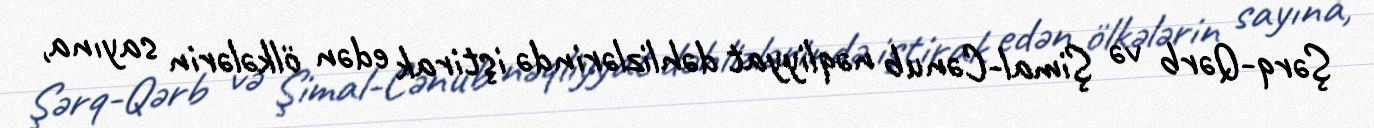
Şərq-Qərb və Şimal-Cənub nəqliyyat dəhlizlərində iştirak edən ölkələrin sayına,